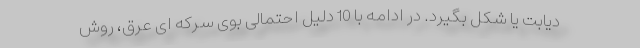
دیابت یا شکل بگیرد. در ادامه با 10 دلیل احتمالی بوی سرکه ای عرق، روش